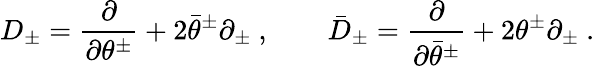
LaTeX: D_{\pm}=\frac{\partial}{\partial\theta^{\pm}}+2\bar{\theta}^{\pm}\partial_{\pm}\ ,\qquad\bar{D}_{\pm}=\frac{\partial}{\partial\bar{\theta}^{\pm}}+2{\theta}^{\pm}\partial_{\pm}\ .